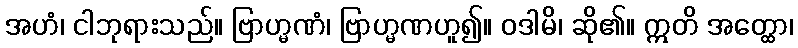
အဟံ၊ ငါဘုရားသည်။ ဗြာဟ္မဏံ၊ ဗြာဟ္မဏဟူ၍။ ဝဒါမိ၊ ဆို၏။ ဣတိ အတ္ထော၊